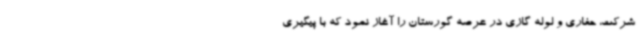
شرکت، حفاری و لوله گازی در عرصه گورستان را آغاز نمود که با پیگیری